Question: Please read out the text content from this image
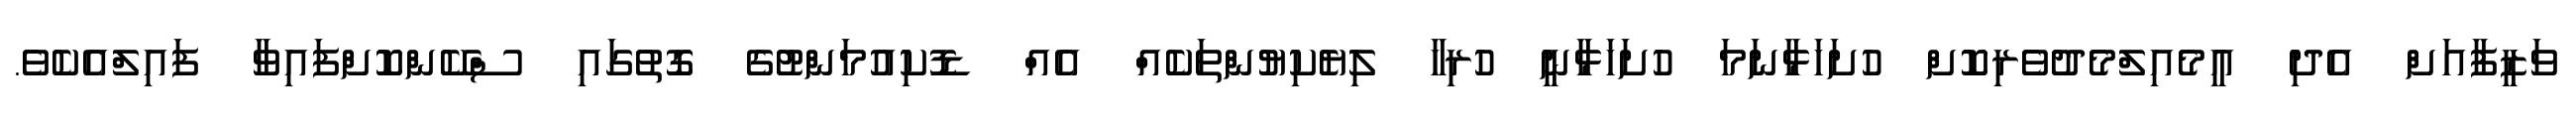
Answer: ވަޒީފާއަށް އެދި އީމެއިލްމެދުވެރިކޮށް ހުށަހަޅާނަމަ ހުށަހަޅާނީ ހުރިހާ ލިޔެކިޔުންތަކެއް އެއް ޑޮކިއުމަންޓުގެ ގޮތުގައި ސްކޭންކޮށްފައިވާ ފައިލްއެކެވެ.